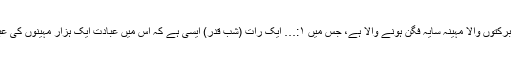
تم پر ایک عظیم الشان برکتوں والا مہینہ سایہ فگن ہونے والا ہے، جس میں ۱:… ایک رات (شب قدر) ایسی ہے کہ اس میں عبادت ایک ہزار مہینوں کی عبادت سے بڑھ کر ہے۔